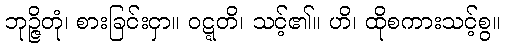
ဘုဉ္ဇိတုံ၊ စားခြင်းငှာ။ ဝဋ္ဋတိ၊ သင့်၏။ ဟိ၊ ထိုစကားသင့်စွ။